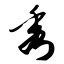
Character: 秀